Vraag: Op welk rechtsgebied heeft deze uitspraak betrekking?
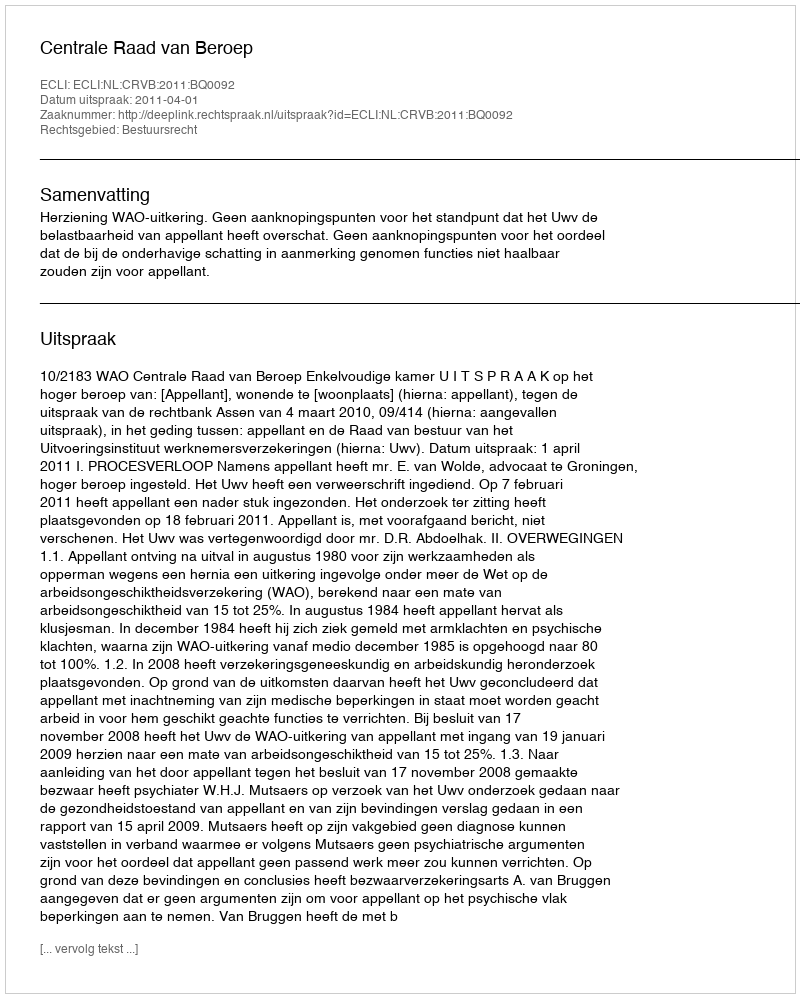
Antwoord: Bestuursrecht